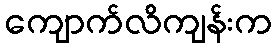
ကျောက်လိကျန်းက